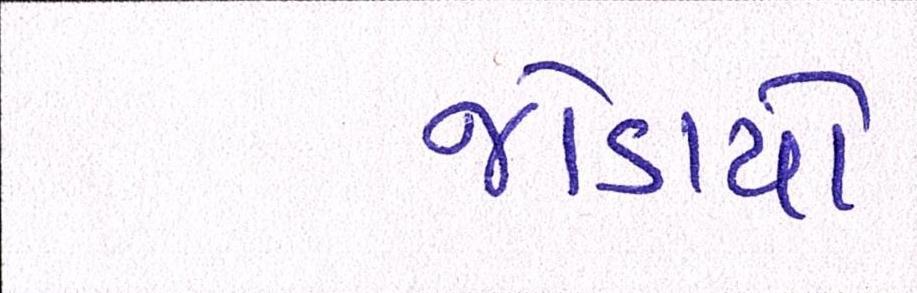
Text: જોડાયો